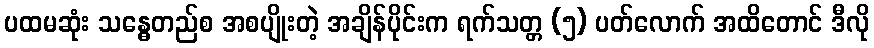
ပထမဆုံး သန္ဓေတည်စ အစပျိုးတဲ့ အချိန်ပိုင်းက ရက်သတ္တ (၅) ပတ်လောက် အထိတောင် ဒီလို